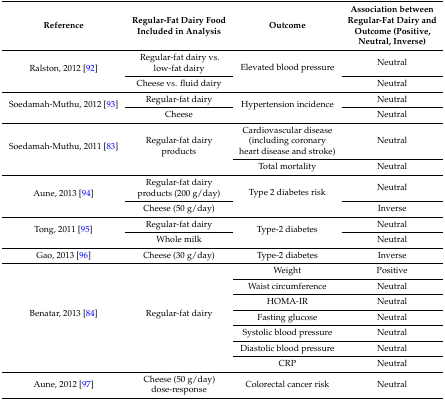
<table><thead><tr><td><b>Reference</b></td><td><b>Regular-Fat Dairy Food Included in Analysis</b></td><td><b>Outcome</b></td><td><b>Association between Regular-Fat Dairy and Outcome (Positive, Neutral, Inverse)</b></td></tr></thead><tbody><tr><td rowspan="2">Ralston, 2012 [92]</td><td>Regular-fat dairy vs. low-fat dairy</td><td rowspan="2">Elevated blood pressure</td><td>Neutral</td></tr><tr><td>Cheese vs. fluid dairy</td><td>Neutral</td></tr><tr><td rowspan="2">Soedamah-Muthu, 2012 [93]</td><td>Regular-fat dairy</td><td rowspan="2">Hypertension incidence</td><td>Neutral</td></tr><tr><td>Cheese</td><td>Neutral</td></tr><tr><td rowspan="2">Soedamah-Muthu, 2011 [83]</td><td rowspan="2">Regular-fat dairy products</td><td>Cardiovascular disease (including coronary heart disease and stroke)</td><td>Neutral</td></tr><tr><td>Total mortality</td><td>Neutral</td></tr><tr><td rowspan="2">Aune, 2013 [94]</td><td>Regular-fat dairy products (200 g/day)</td><td rowspan="2">Type 2 diabetes risk</td><td>Neutral</td></tr><tr><td>Cheese (50 g/day)</td><td>Inverse</td></tr><tr><td rowspan="2">Tong, 2011 [95]</td><td>Regular-fat dairy</td><td rowspan="2">Type-2 diabetes</td><td>Neutral</td></tr><tr><td>Whole milk</td><td>Neutral</td></tr><tr><td>Gao, 2013 [96]</td><td>Cheese (30 g/day)</td><td>Type-2 diabetes</td><td>Inverse</td></tr><tr><td rowspan="7">Benatar, 2013 [84]</td><td rowspan="7">Regular-fat dairy</td><td>Weight</td><td>Positive</td></tr><tr><td>Waist circumference</td><td>Neutral</td></tr><tr><td>HOMA-IR</td><td>Neutral</td></tr><tr><td>Fasting glucose</td><td>Neutral</td></tr><tr><td>Systolic blood pressure</td><td>Neutral</td></tr><tr><td>Diastolic blood pressure</td><td>Neutral</td></tr><tr><td>CRP</td><td>Neutral</td></tr><tr><td>Aune, 2012 [97]</td><td>Cheese (50 g/day) dose-response</td><td>Colorectal cancer risk</td><td>Neutral</td></tr></tbody></table>